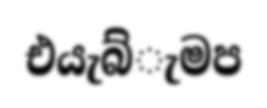
එයැබ්ැමප